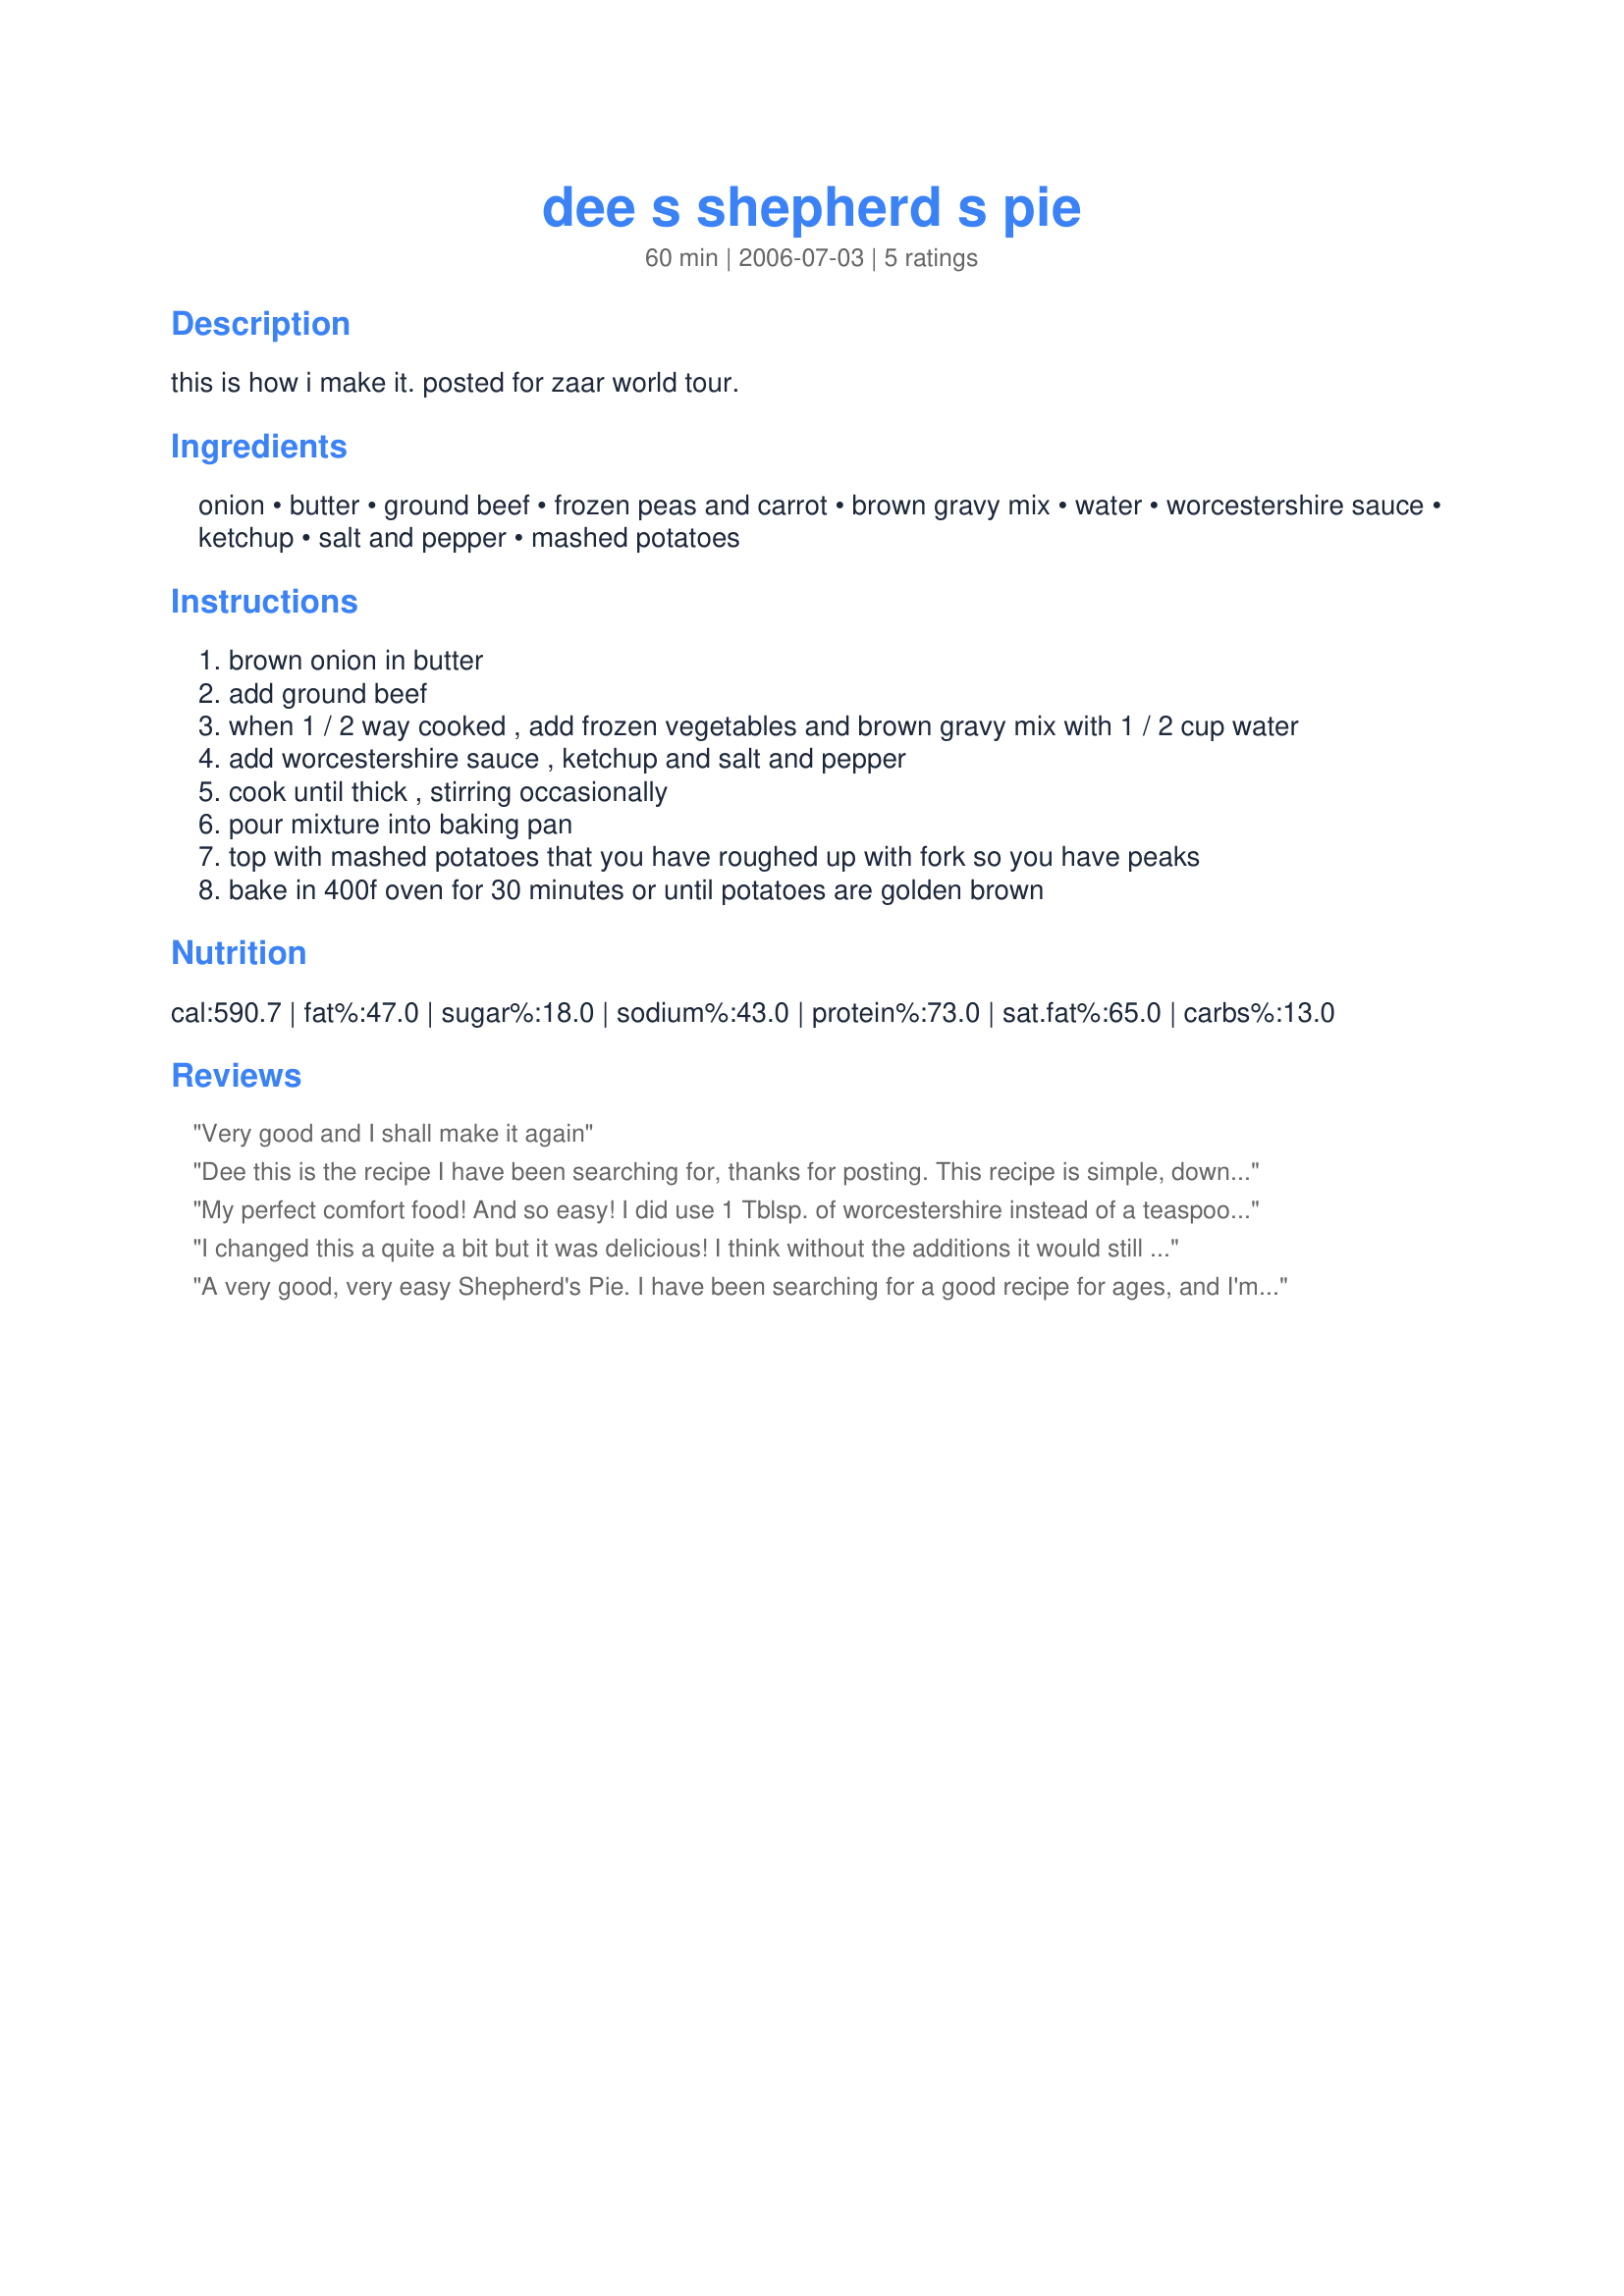
dee s shepherd s pie
Preparation time: 60 minutes

this is how i make it. posted for zaar world tour.

Ingredients:
onion, butter, ground beef, frozen peas and carrot, brown gravy mix, water, worcestershire sauce, ketchup, salt and pepper, mashed potatoes

Steps:
brown onion in butter
add ground beef
when 1 / 2 way cooked , add frozen vegetables and brown gravy mix with 1 / 2 cup water
add worcestershire sauce , ketchup and salt and pepper
cook until thick , stirring occasionally
pour mixture into baking pan
top with mashed potatoes that you have roughed up with fork so you have peaks
bake in 400f oven for 30 minutes or until potatoes are golden brown

Reviews:
Very good and I shall make it again
Dee this is the recipe I have been searching for, thanks for posting. This recipe is simple, down home comfort food!! Love it :)
My perfect comfort food! And so easy! I did use 1 Tblsp. of worcestershire instead of a teaspoon and a little more ketchup for my taste. I also used instant mashed potatoes and sprinkled a little shredded mild cheddar over the top before serving. Sooo good!
I changed this a quite a bit but it was delicious! I think without the additions it would still be great.

I used 1 lb of ground turkey instead of beef. I added a chopped stalk of celery to the onions, used fresh carrots, replaced some of the water with dark beer, and upped the worcestershire to a few tablespoons. I also added a splash of soy sauce. It all fit into a 2 qt. dish. Thanks Dee!
A very good, very easy Shepherd's Pie. I have been searching for a good recipe for ages, and I'm glad I found this one. 30 minutes prep is about right, more if you have to make the mashed potatoes first. I added a small bit - 1/2 tsp - minced garlic to the onions before adding the meat, and I used two 8.5 Oz. cans of peas and carrots as I could not find frozen in my store. Delicous, easy to make, and sure to be a much-requested repeat in my house. Thanks for posting, Dienia!!
